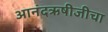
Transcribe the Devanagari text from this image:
आनंदऋषीजीचा